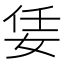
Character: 𡜟